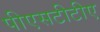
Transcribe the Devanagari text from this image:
पीएसटीटीए